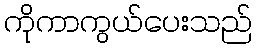
ကိုကာကွယ်ပေးသည်